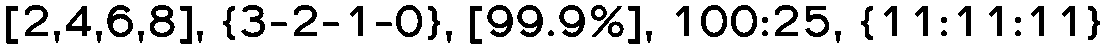
[2,4,6,8], {3-2-1-0}, [99.9%], 100:25, {11:11:11}